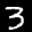
Label: 3